Civil Veterinary Dept. Bombay admin report 1923-31 - 1923-1931
Year: 1923
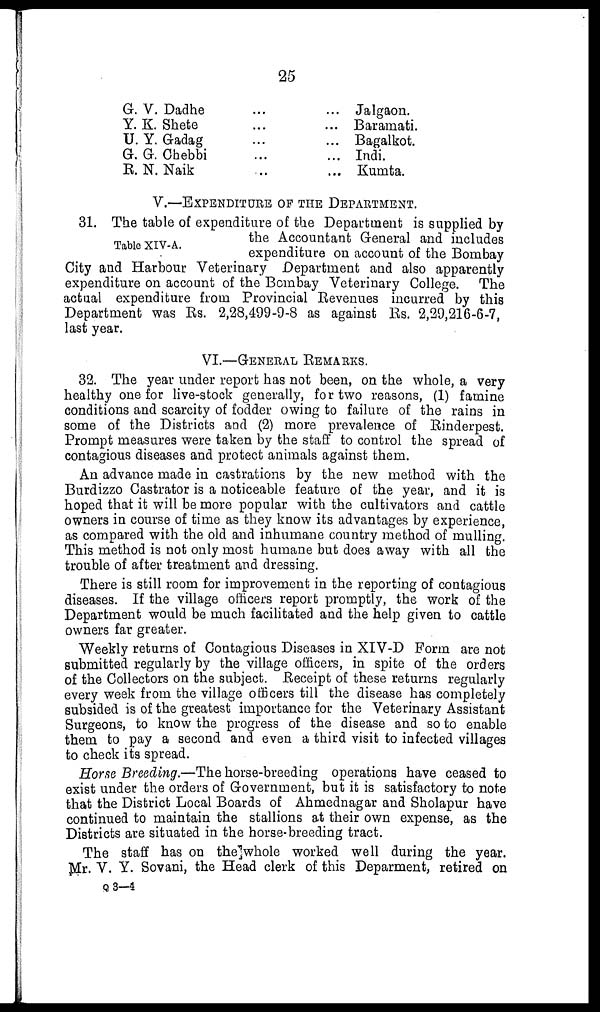
25
G. V. Dadhe
Y. K. Shete
U. Y. Gadag
G. G. Chebbi
R. N. Naik
...
...
...
...
...
...
...
...
...
...
Jalgaon.
Baramati.
Bagalkot.
Indi.
Kumta.
V.—EXPENDITURE OF THE DEPARTMENT.
Table XIV-A.
31. The table of expenditure of the Department is supplied by
the Accountant General and includes
expenditure on account of the Bombay
City and Harbour Veterinary Department and also apparently
expenditure on account of the Bombay Veterinary College. The
actual expenditure from Provincial Revenues incurred by this
Department was Rs. 2,28,499-9-8 as against Rs. 2,29,216-6-7,
last year.
VI.—GENERAL REMARKS.
32. The year under report has not been, on the whole, a very
healthy one for live-stock generally, for two reasons, (1) famine
conditions and scarcity of fodder owing to failure of the rains in
some of the Districts and (2) more prevalence of Rinderpest.
Prompt measures were taken by the staff to control the spread of
contagious diseases and protect animals against them.
An advance made in castrations by the new method with the
Burdizzo Castrator is a noticeable feature of the year, and it is
hoped that it will be more popular with the cultivators and cattle
owners in course of time as they know its advantages by experience,
as compared with the old and inhumane country method of mulling.
This method is not only most humane but does away with all the
trouble of after treatment and dressing.
There is still room for improvement in the reporting of contagious
diseases. If the village officers report promptly, the work of the
Department would be much facilitated and the help given to cattle
owners far greater.
Weekly returns of Contagious Diseases in XIV-D Form are not
submitted regularly by the village officers, in spite of the orders
of the Collectors on the subject. Receipt of these returns regularly
every week from the village officers till the disease has completely
subsided is of the greatest importance for the Veterinary Assistant
Surgeons, to know the progress of the disease and so to enable
them to pay a second and even a third visit to infected villages
to check its spread.
Horse Breeding.—The horse-breeding operations have ceased to
exist under the orders of Government, but it is satisfactory to note
that the District Local Boards of Ahmednagar and Sholapur have
continued to maintain the stallions at their own expense, as the
Districts are situated in the horse-breeding tract.
The staff has on the whole worked well during the year.
Mr. V. Y. Sovani, the Head clerk of this Deparment, retired on
Q 3—4